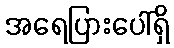
အရေပြားပေါ်ရှိ